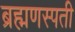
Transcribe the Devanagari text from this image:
ब्रह्मणस्पती